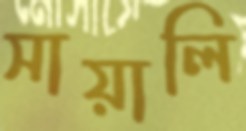
সায়ালি